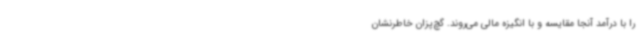
را با درآمد آنجا مقایسه و با انگیزه مالی می‌روند. گچ‌پزان خاطرنشان